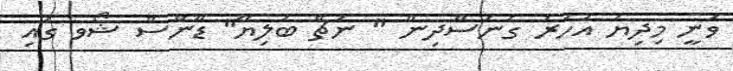
ވަނީ މިދިޔަ އަހަރު ގެނެސްދިން " ނަޗް ބަލިޔޭ" ޑާންސް ޝޯވ ގައި